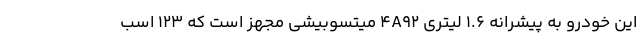
این خودرو به پیشرانه 1.6 لیتری ۴A92 میتسوبیشی مجهز است که ۱۲۳ اسب